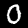
Digit: 0